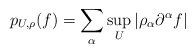
\begin{align*} p_{U,\rho}(f) = \sum_\alpha \sup_{U}\vert\rho_\alpha\partial^\alpha f\vert\end{align*}